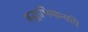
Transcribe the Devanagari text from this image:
बद्धाभिमान्यपि